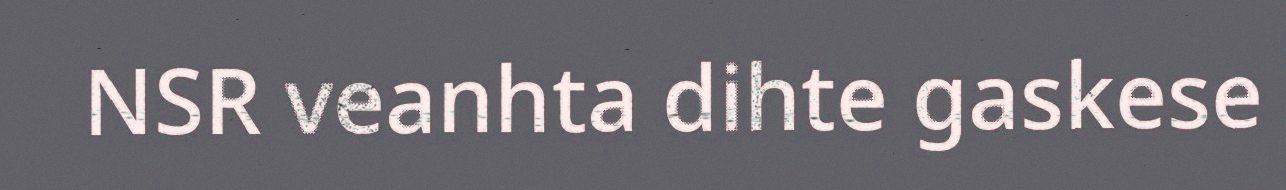
NSR veanhta dihte gaskese